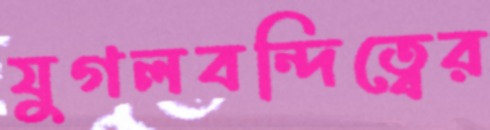
যুগলবন্দিত্বের